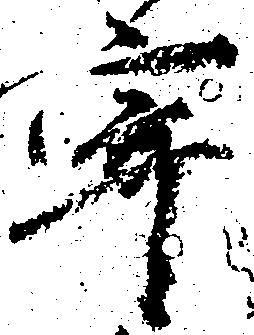
寄